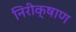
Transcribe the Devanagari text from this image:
निरीक्षाण